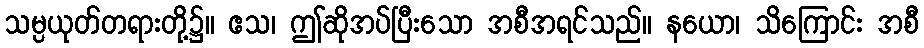
သမ္ပယုတ်တရားတို့၌။ ဧသ၊ ဤဆိုအပ်ပြီးသော အစီအရင်သည်။ နယော၊ သိကြောင်း အစီ